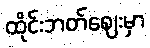
ထိုင်းဘတ်ဈေးမှာ